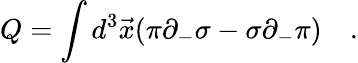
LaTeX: Q=\int d^{3}\vec{x}(\pi\partial_{-}\sigma-\sigma\partial_{-}\pi)\quad.